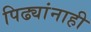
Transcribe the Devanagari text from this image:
पिढ्यांनाही